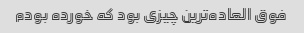
فوق العاده‌ترین چیزی بود که خورده‌ بودم